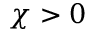
\chi > 0